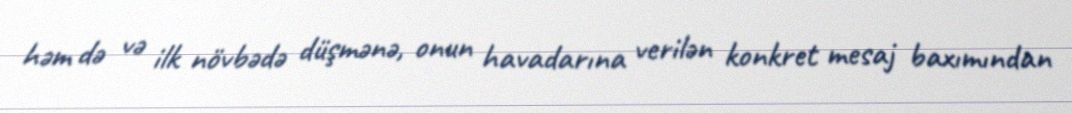
həm də və ilk növbədə düşmənə, onun havadarına verilən konkret mesaj baxımından